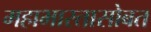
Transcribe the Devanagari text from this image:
महाभारतासोबत